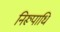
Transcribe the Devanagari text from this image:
निरूपाधि